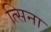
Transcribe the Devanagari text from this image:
त्सिना